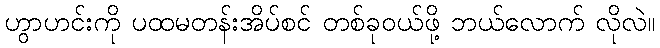
ဟွာဟင်းကို ပထမတန်းအိပ်စင် တစ်ခုဝယ်ဖို့ ဘယ်လောက် လိုလဲ။